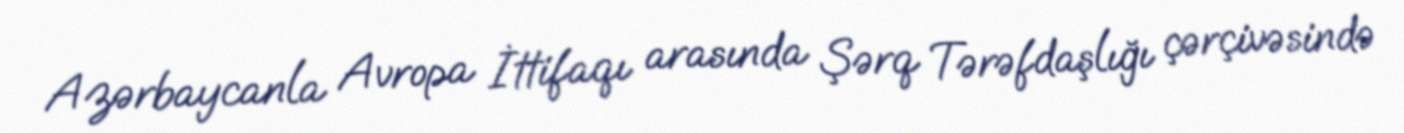
Azərbaycanla Avropa İttifaqı arasında Şərq Tərəfdaşlığı çərçivəsində